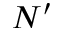
N ^ { \prime }